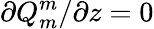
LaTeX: \partial{Q_{m}^{m}}/\partial z=0